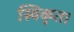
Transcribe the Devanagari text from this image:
स्विकृत।